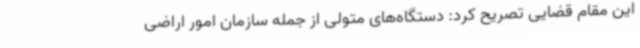
این مقام قضایی تصریح کرد: دستگاه‌های متولی از جمله سازمان امور اراضی